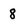
Character: 8